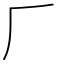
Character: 𠂆